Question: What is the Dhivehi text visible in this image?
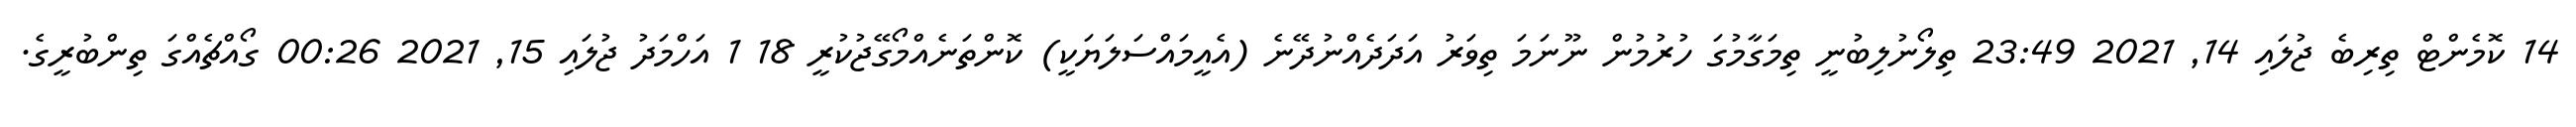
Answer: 14 ކޮމެންޓް ތިރިބެ ޖުލައި 14, 2021 23:49 ތިލޯނުލިބުނީ ތިމަގާމުގަ ހުރުމުން ނޫނަމަ ތިވަރު އަދަދެއްނުދޭނެ (އެއީމައްސަލަޔަކީ) ކޮންތަނެއްމޯގޭޖުކުރީ 18 1 އަހްމަދު ޖުލައި 15, 2021 00:26 ގޯއްޗެއްގަ ތިންބުރީގެ.